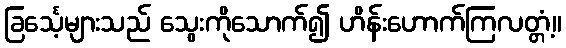
ခြင်္သေ့များသည် သွေးကိုသောက်၍ ဟိန်းဟောက်ကြလတ္တံ့။